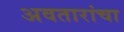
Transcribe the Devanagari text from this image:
अवतारांचा